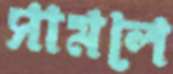
সামলে